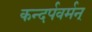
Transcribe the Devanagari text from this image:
कन्दर्पवर्मन्